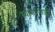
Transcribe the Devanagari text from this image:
स्वीकारताही